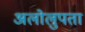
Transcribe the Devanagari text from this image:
अलोलुपता